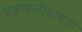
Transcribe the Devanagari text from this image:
प्रश्नावलीबाबत